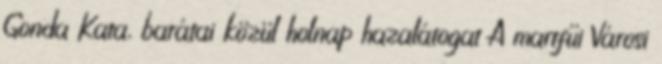
Gonda Kata, barátai közül holnap hazalátogat A martfűi Városi